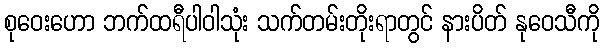
စုဝေးဟော ဘက်ထရီပါဝါသုံး သက်တမ်းတိုးရာတွင် နားပိတ် နုဝေသီကို